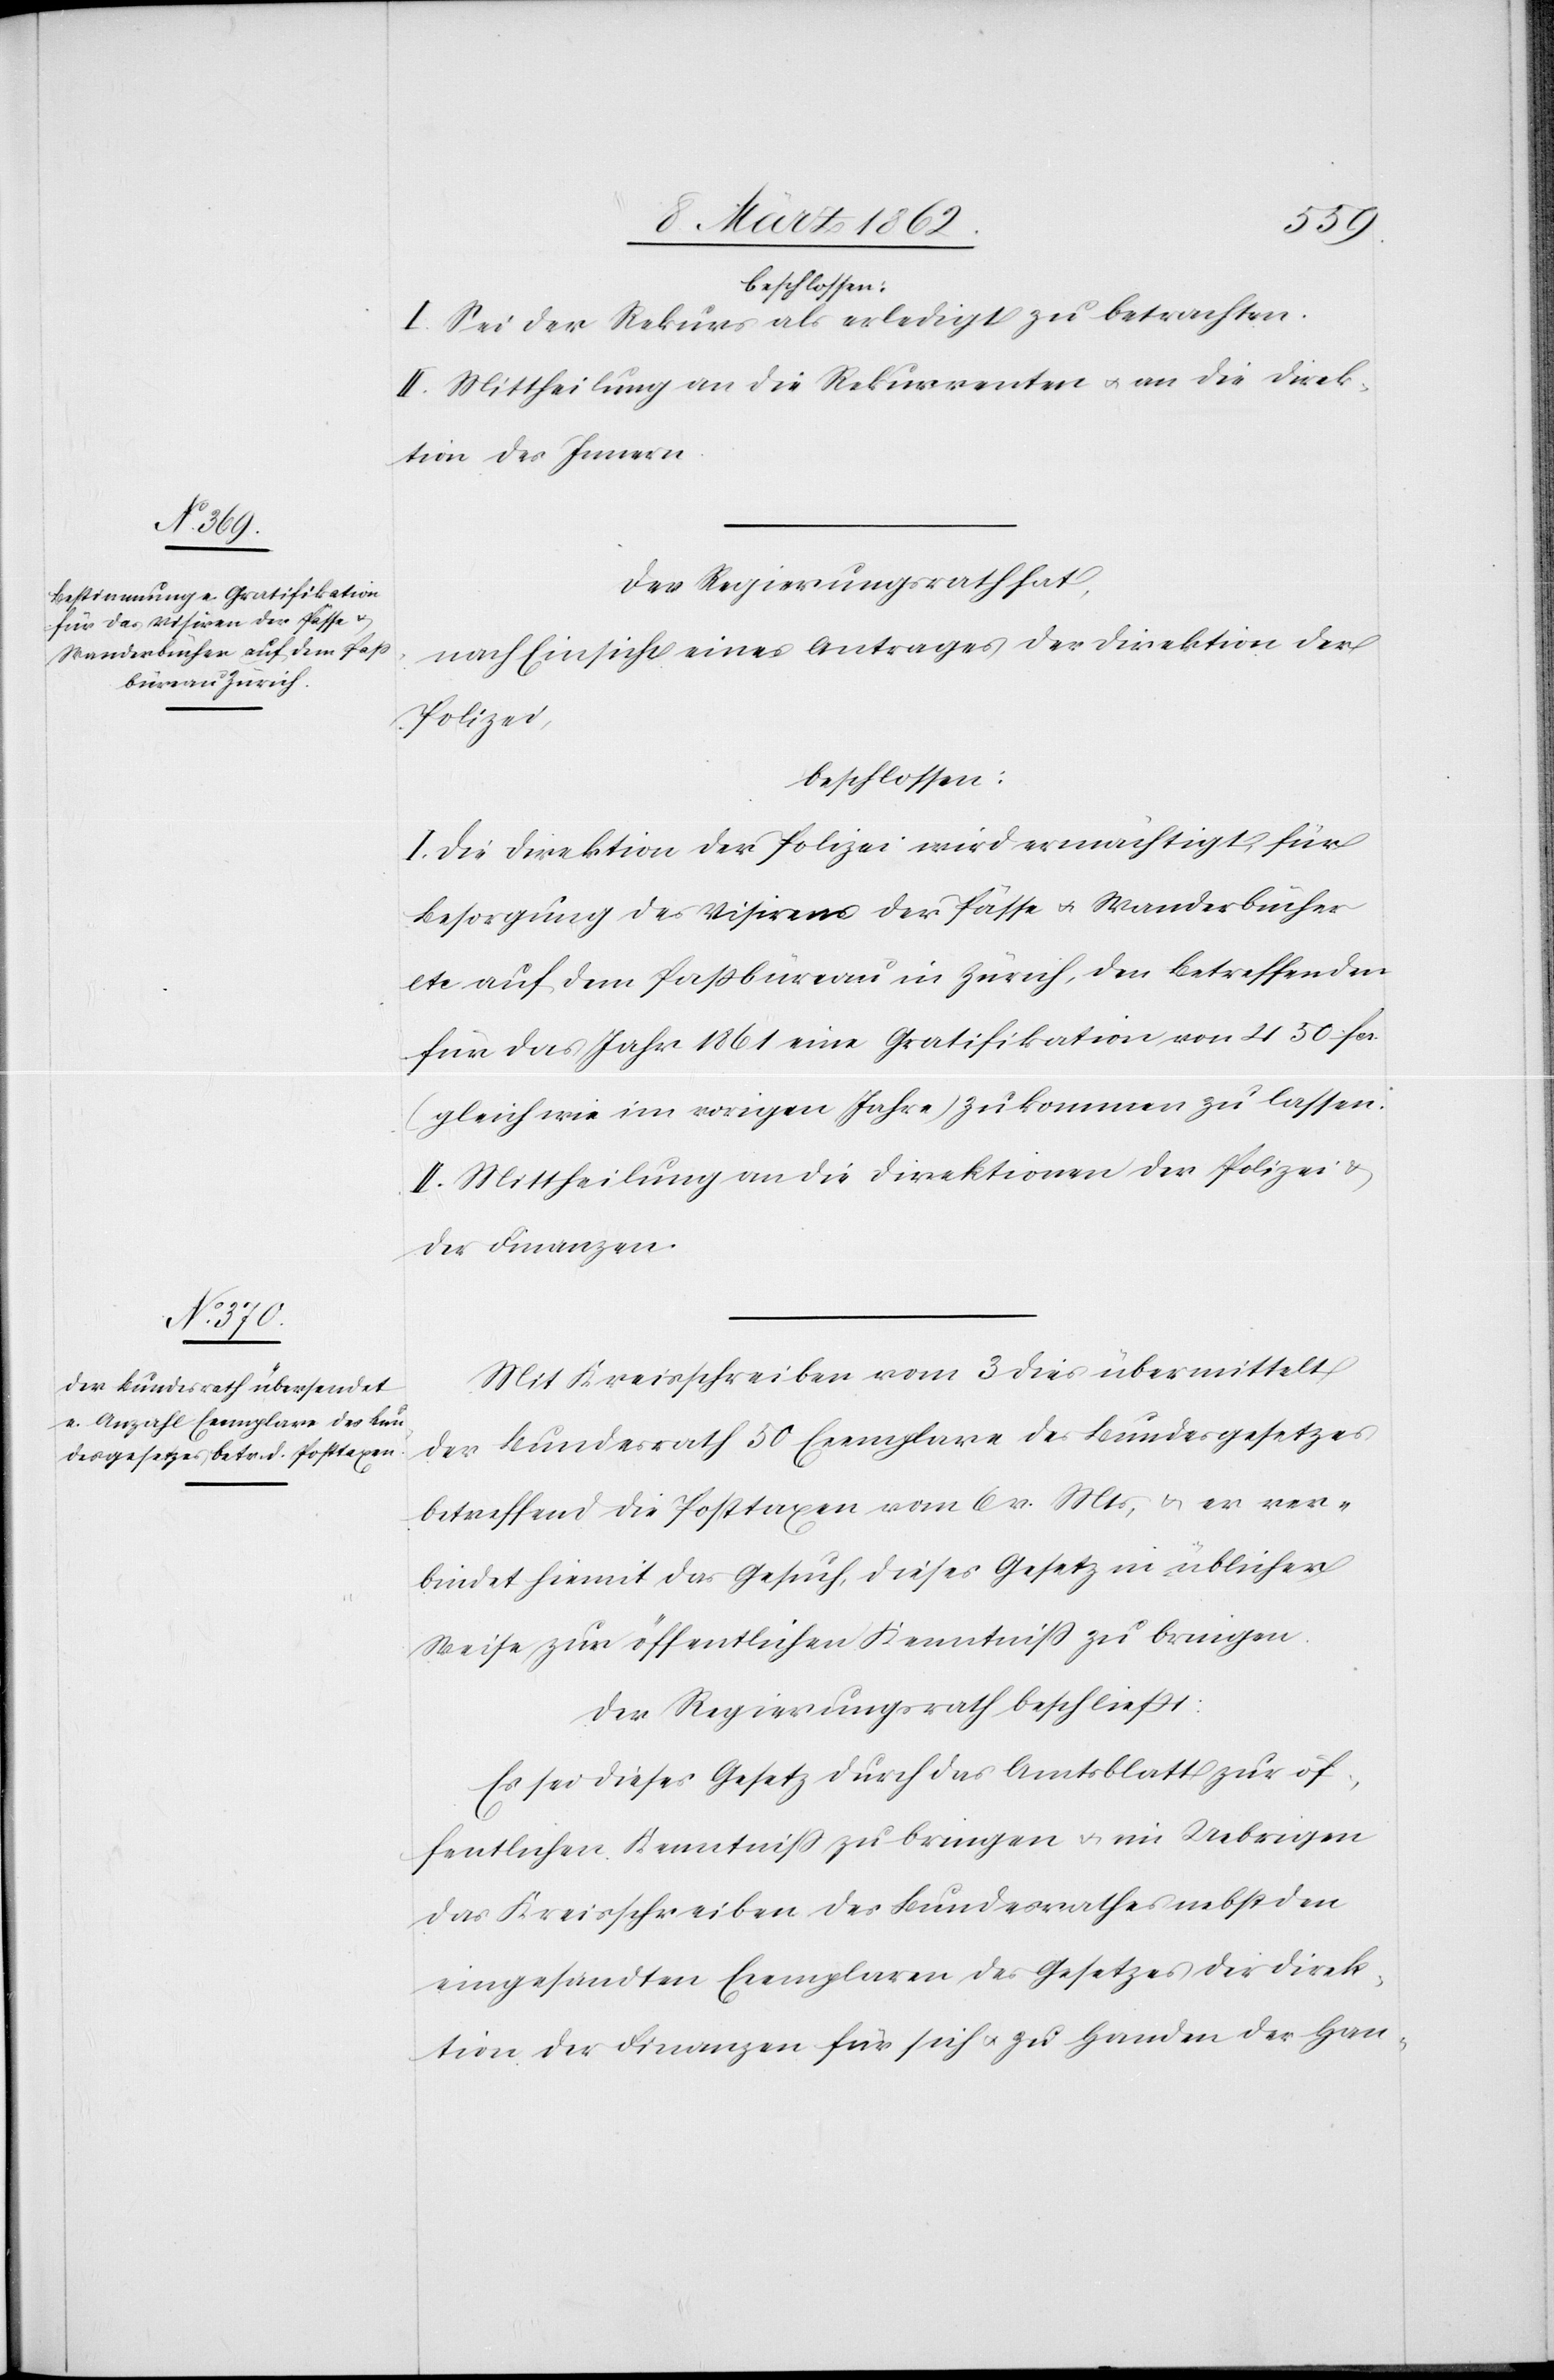
beschlossen:
I. Sei der Rekurs als erledigt zu betrachten.
II. Mittheilung an die Rekurrenten u. an die Direk¬
tion des Innern.
Der Regierungsrath hat,
nach Einsicht eines Antrages der Direktion der
Polizei,
beschlossen:
I. Die Direktion der Polizei wird ermächtigt, für
Besorgung des Visirens der Pässe u. Wanderbücher
etc auf dem Paßbüreau in Zürich, den Betreffenden
für das Jahr 1861 eine Gratifikation von 450 fcs.
(gleich wie im vorigen Jahre) zukommen zu lassen.
II. Mittheilung an die Direktionen der Polizei &
der Finanzen.
Mit Kreisschreiben vom 3 dies übermittelt
der Bundesrath 50 Exemplare des Bundesgesetzes
betreffend die Posttaxen vom 6 v. Mts, u. er ver¬
bindet hiemit das Gesuch, dieses Gesetz in üblicher
Weise zur öffentlichen Kenntniß zu bringen.
Der Regierungsrath beschließt:
Es sei dieses Gesetz durch das Amtsblatt zur öf¬
fentlichen Kenntniß zu bringen u. im Uebrigen
das Kreisschreiben des Bundesrathes nebst den
eingesandten Exemplaren des Gesetzes der Direk¬
tion der Finanzen für sich u. zu Handen der Han-